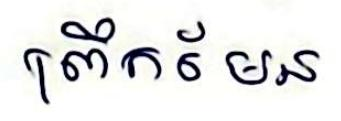
ព្រឹកមែន